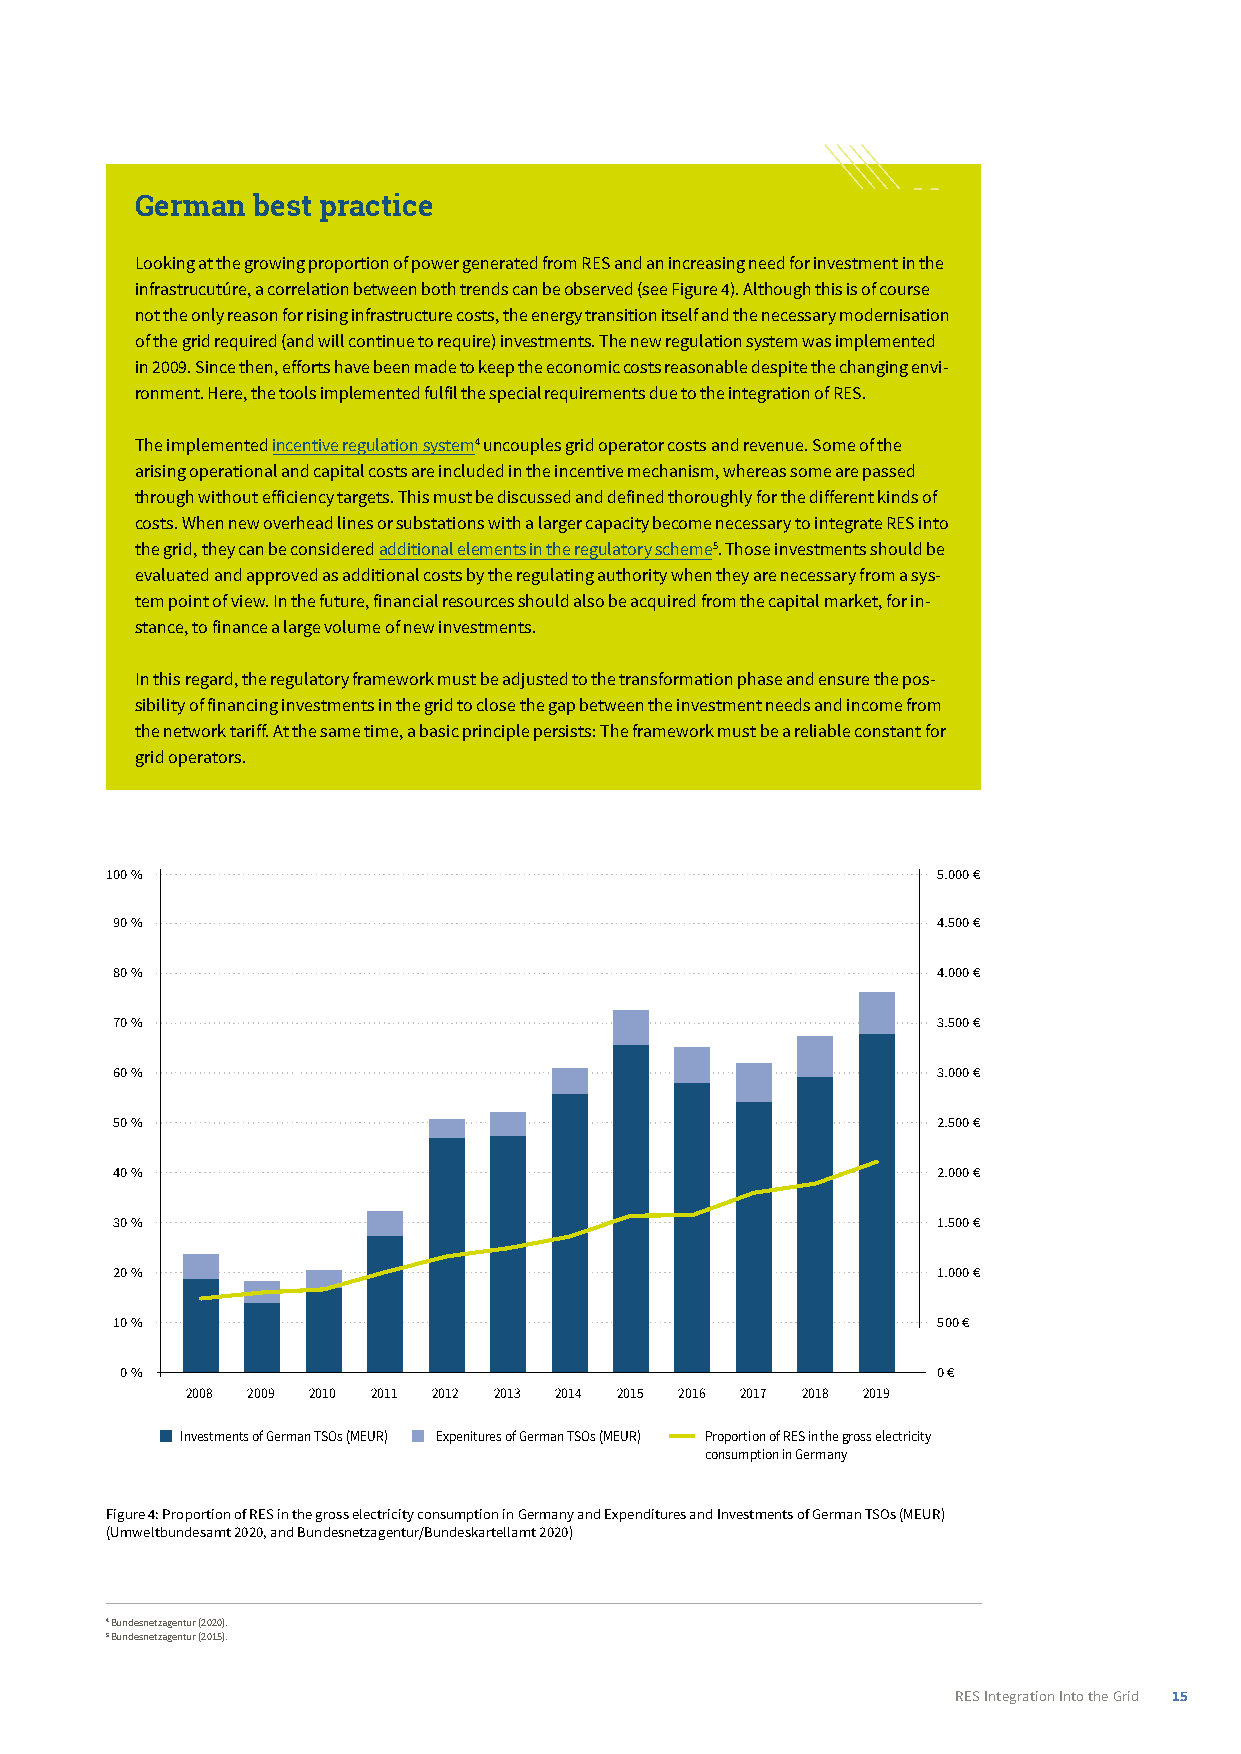
German­best­practice
 Looking at the growing proportion of power generated from RES and an increasing need for investment in the
 infrastrucutúre, a correlation between both trends can be observed (see Figure 4). Although this is of course
 not the only reason for rising infrastructure costs, the energy transition itself and the necessary modernisation
 of the grid required (and will continue to require) investments. The new regulation system was implemented
 in 2009. Since then, efforts have been made to keep the economic costs reasonable despite the changing envi-
 ronment. Here, the tools implemented fulfil the special requirements due to the integration of RES.
 The implemented incentive regulation system4 uncouples grid operator costs and revenue. Some of the
 arising operational and capital costs are included in the incentive mechanism, whereas some are passed
 through without efficiency targets. This must be discussed and defined thoroughly for the different kinds of
 costs. When new overhead lines or substations with a larger capacity become necessary to integrate RES into
 the grid, they can be considered additional elements in the regulatory scheme5. Those investments should be
 evaluated and approved as additional costs by the regulating authority when they are necessary from a sys-
 tem point of view. In the future, financial resources should also be acquired from the capital market, for in-
 stance, to finance a large volume of new investments.
 In this regard, the regulatory framework must be adjusted to the transformation phase and ensure the pos-
 sibility of financing investments in the grid to close the gap between the investment needs and income from
 the network tariff. At the same time, a basic principle persists: The framework must be a reliable constant for
 grid operators.
 100 %                                                  5.000 €
 90 %                                                   4.500 €
 80 %                                                   4.000 €
 70 %                                                   3.500 €
 60 %                                                   3.000 €
 50 %                                                   2.500 €
 40 %                                                   2.000 €
 30 %                                                   1.500 €
 20 %                                                   1.000 €
 10 %                                                   500 €
 0 %                                                   0 €
 2008 2009 2010 2011 2012 2013 2014 2015 2016 2017 2018 2019
 Investments of German TSOs (MEUR) Expenitures of German TSOs (MEUR) Proportion of RES in the gross electricity
 consumption in Germany
 Figure 4: Proportion of RES in the gross electricity consumption in Germany and Expenditures and Investments of German TSOs (MEUR)
 (Umweltbundesamt 2020, and Bundesnetzagentur/Bundeskartellamt 2020)
 4 Bundesnetzagentur (2020).
 5 Bundesnetzagentur (2015).
 RES Integration Into the Grid 15